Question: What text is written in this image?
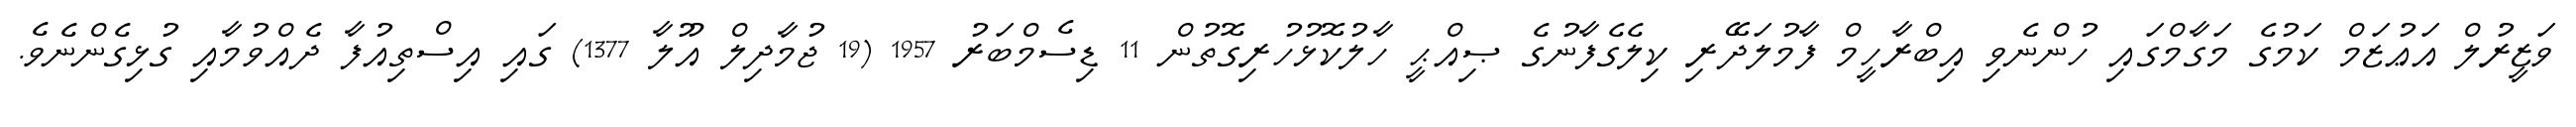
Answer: ވަޒީރުލް އަޢުޒަމް ކަމުގެ މަގާމްގައި ހުންނެވި އިބްރާހީމް ފާމުލަދޭރި ކިލެގެފާނުގެ ޞިއްޙީ ހާލުކޮޅުހުރިގޮތުން 11 ޑިސެމްބަރު 1957 (19 ޖުމާދިލް އޫލާ 1377) ގައި އިސްތިއުފާ ދެއްވުމާއި ގުޅިގެންނެވެ.